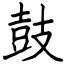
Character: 鼓